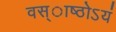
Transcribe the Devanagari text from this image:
वस्ाष्ठोऽयं